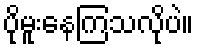
ပိုမူးနေကြသလိုပဲ။